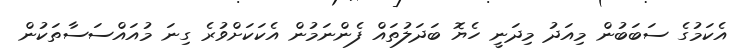
އެކަމުގެ ސަބަބުން މިއަދު މިދަނީ ހެޔޮ ބަދަލުތައް ފެންނަމުން އެކަކަށްވުރެ ގިނަ މުއައްސަސާތަކުން